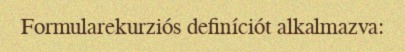
Formularekurziós definíciót alkalmazva: